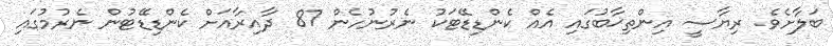
ބަލާށެވެ. ރިޔާސީ އިންތިޚާބުގައި އެއް ކެންޑިޑޭޓަކު ނެރުނުހެން 87 ދާއިރާއަށް ކެންޑިޑޭޓުން ނެރުމުގައި